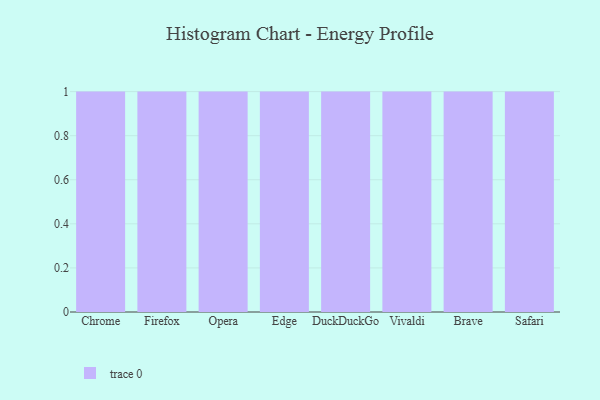
{"axis": {"x": "Browser", "y": "Gross Profit (USD K)"}, "legend": [""], "data": [{"x": "Chrome", "y": 3, "type": ""}, {"x": "Firefox", "y": 95, "type": ""}, {"x": "Opera", "y": 77, "type": ""}, {"x": "Edge", "y": 8, "type": ""}, {"x": "DuckDuckGo", "y": 45, "type": ""}, {"x": "Vivaldi", "y": 84, "type": ""}, {"x": "Brave", "y": 22, "type": ""}, {"x": "Safari", "y": 82, "type": ""}]}